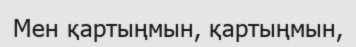
Мен қартыңмын, қартыңмын,